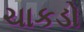
ચાકડો